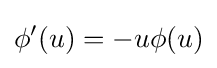
\phi '(u)=-u\phi (u)